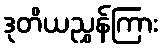
ဒုတိယညွှန်ကြား